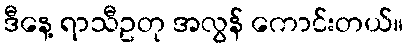
ဒီနေ့ ရာသီဥတု အလွန် ကောင်းတယ်။